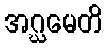
အဂ္ဃမေတိ